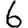
Digit: 6